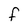
Character: f